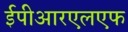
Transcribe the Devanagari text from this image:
ईपीआरएलएफ